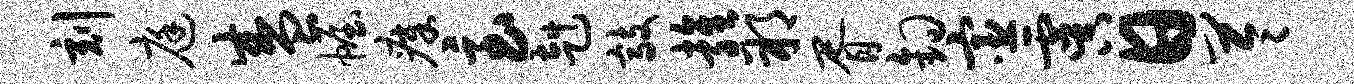
刻庭盛幄瘴急赳敲雍朔胥钩宦虞日苓